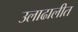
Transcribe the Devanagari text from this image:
उलाढालीत